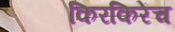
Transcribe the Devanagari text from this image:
किरकिरेंच